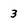
Character: 3